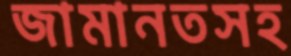
জামানতসহ